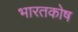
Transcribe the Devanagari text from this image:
भारतकोष